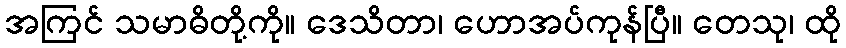
အကြင် သမာဓိတို့ကို။ ဒေသိတာ၊ ဟောအပ်ကုန်ပြီ။ တေသု၊ ထို